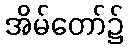
အိမ်တော်၌